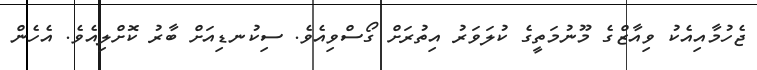
ޖެހުމާއިއެކު ވިއާޒްގެ މޫނުމަތީގެ ކުލަވަރު އިތުރަށް ގޯސްވިއެވެ. ސިކުނޑިއަށްް ބާރު ކޮށްލިއެވެ. އެހެން